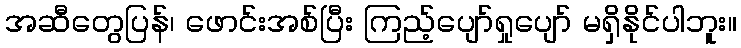
အဆီတွေပြန်၊ ဖောင်းအစ်ပြီး ကြည့်ပျော်ရှုပျော် မရှိနိုင်ပါဘူး။